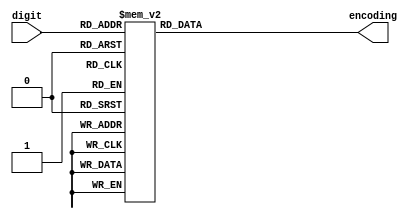
module encoder
	(
		input [3 : 0] digit,
		output reg [6 : 0] encoding
	);
	
	always @(*) begin
		case (digit)
			4'd0: encoding = 7'h40;
			4'd1: encoding = 7'h79;
			4'd2: encoding = 7'h24;
			4'd3: encoding = 7'h30;
			4'd4: encoding = 7'h19;
			4'd5: encoding = 7'h12;
			4'd6: encoding = 7'h02;
			4'd7: encoding = 7'h78;
			4'd8: encoding = 7'h00;
			4'd9: encoding = 7'h10;
			default: encoding = 7'h7F;
		endcase
	end
	
endmodule